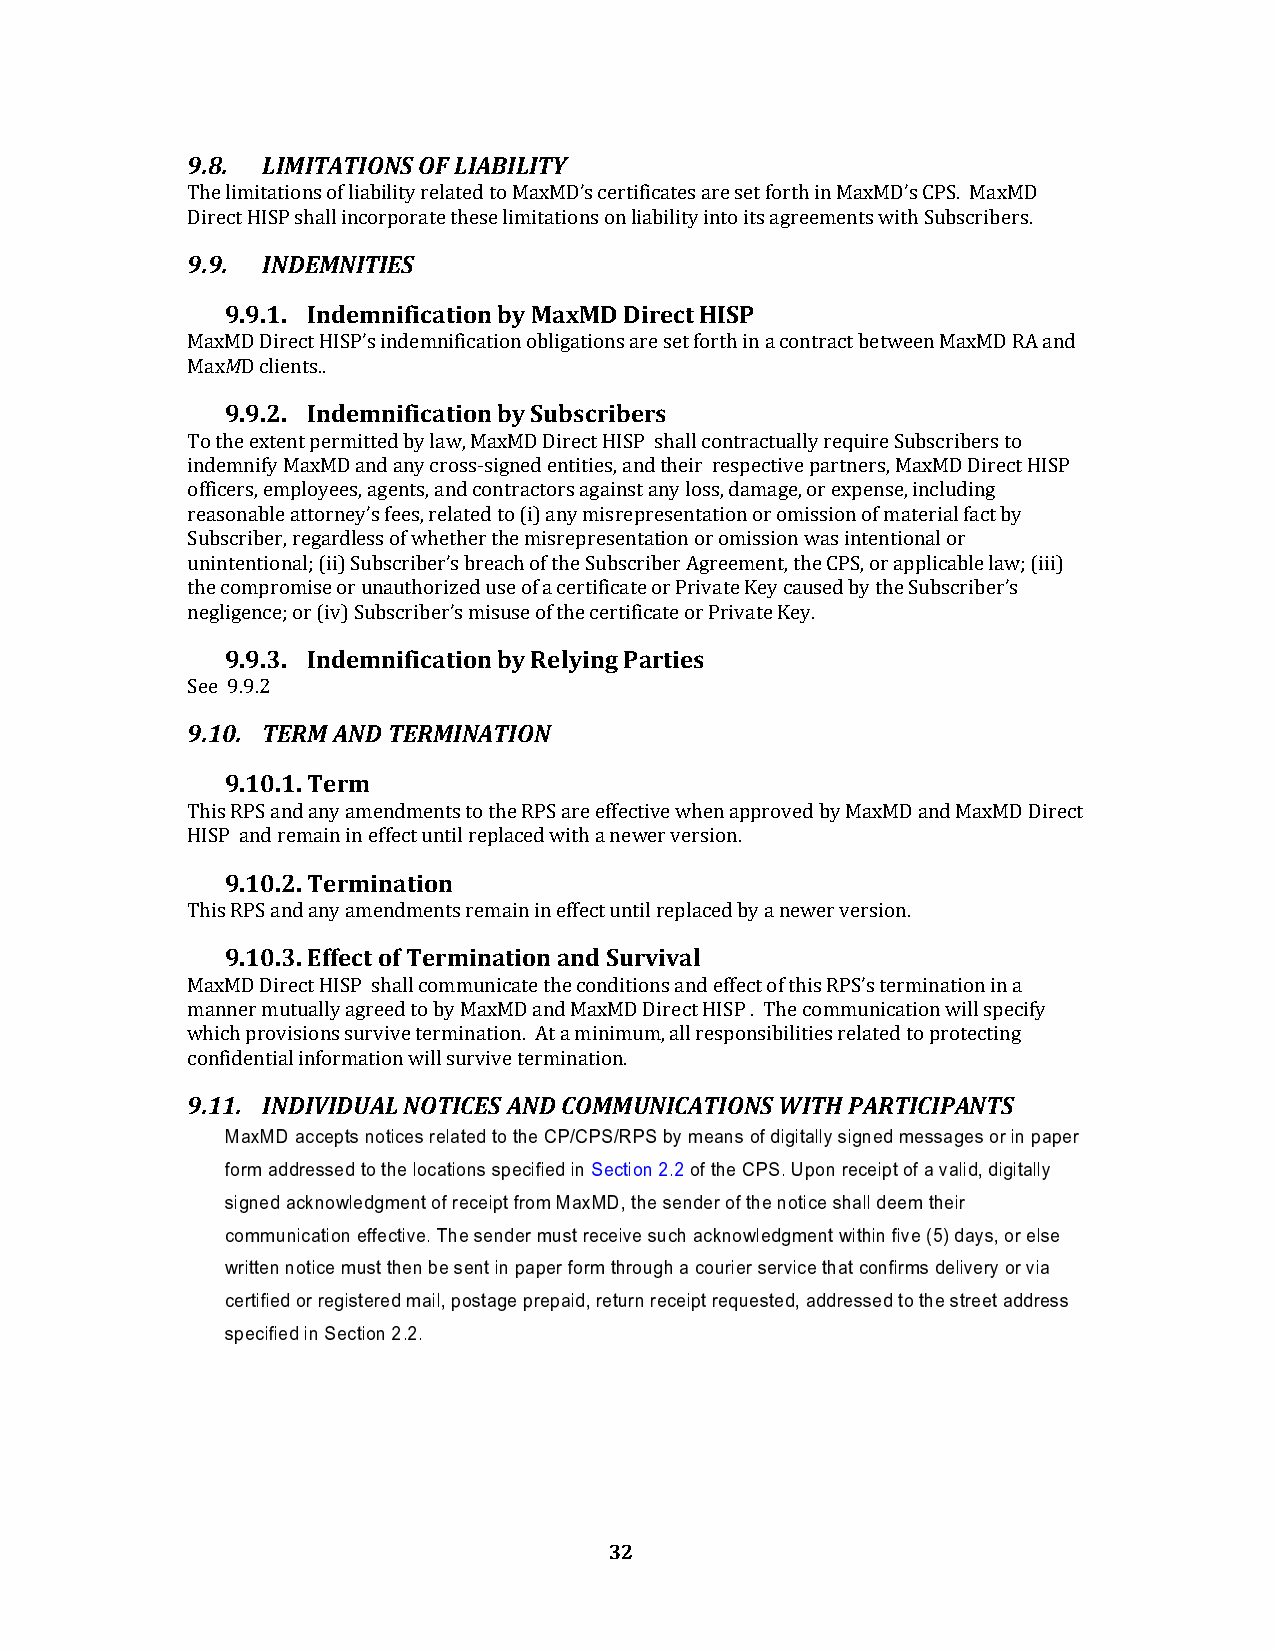
9.8. LIMITATIONS OF LIABILITY
 The limitations of liability related to MaxMD’s certificates are set forth in MaxMD’s CPS. MaxMD
 Direct HISP shall incorporate these limitations on liability into its agreements with Subscribers.
 9.9. INDEMNITIES
 9.9.1. Indemnification by MaxMD Direct HISP
 MaxMD Direct HISP’s indemnification obligations are set forth in a contract between MaxMD RA and
 MaxMD clients..
 9.9.2. Indemnification by Subscribers
 To the extent permitted by law, MaxMD Direct HISP shall contractually require Subscribers to
 indemnify MaxMD and any cross-signed entities, and their respective partners, MaxMD Direct HISP
 officers, employees, agents, and contractors against any loss, damage, or expense, including
 reasonable attorney’s fees, related to (i) any misrepresentation or omission of material fact by
 Subscriber, regardless of whether the misrepresentation or omission was intentional or
 unintentional; (ii) Subscriber’s breach of the Subscriber Agreement, the CPS, or applicable law; (iii)
 the compromise or unauthorized use of a certificate or Private Key caused by the Subscriber’s
 negligence; or (iv) Subscriber’s misuse of the certificate or Private Key.
 9.9.3. Indemnification by Relying Parties
 See 9.9.2
 9.10. TERM AND TERMINATION
 9.10.1. Term
 This RPS and any amendments to the RPS are effective when approved by MaxMD and MaxMD Direct
 HISP and remain in effect until replaced with a newer version.
 9.10.2. Termination
 This RPS and any amendments remain in effect until replaced by a newer version.
 9.10.3. Effect of Termination and Survival
 MaxMD Direct HISP shall communicate the conditions and effect of this RPS’s termination in a
 manner mutually agreed to by MaxMD and MaxMD Direct HISP . The communication will specify
 which provisions survive termination. At a minimum, all responsibilities related to protecting
 confidential information will survive termination.
 9.11. INDIVIDUAL NOTICES AND COMMUNICATIONS WITH PARTICIPANTS
 MaxMD accepts notices related to the CP/CPS/RPS by means of digitally signed messages or in paper
 form addressed to the locations specified in Section 2.2 of the CPS. Upon receipt of a valid, digitally
 signed acknowledgment of receipt from MaxMD, the sender of the notice shall deem their
 communication effective. The sender must receive such acknowledgment within five (5) days, or else
 written notice must then be sent in paper form through a courier service that confirms delivery or via
 certified or registered mail, postage prepaid, return receipt requested, addressed to the street address
 specified in Section 2.2.
 32